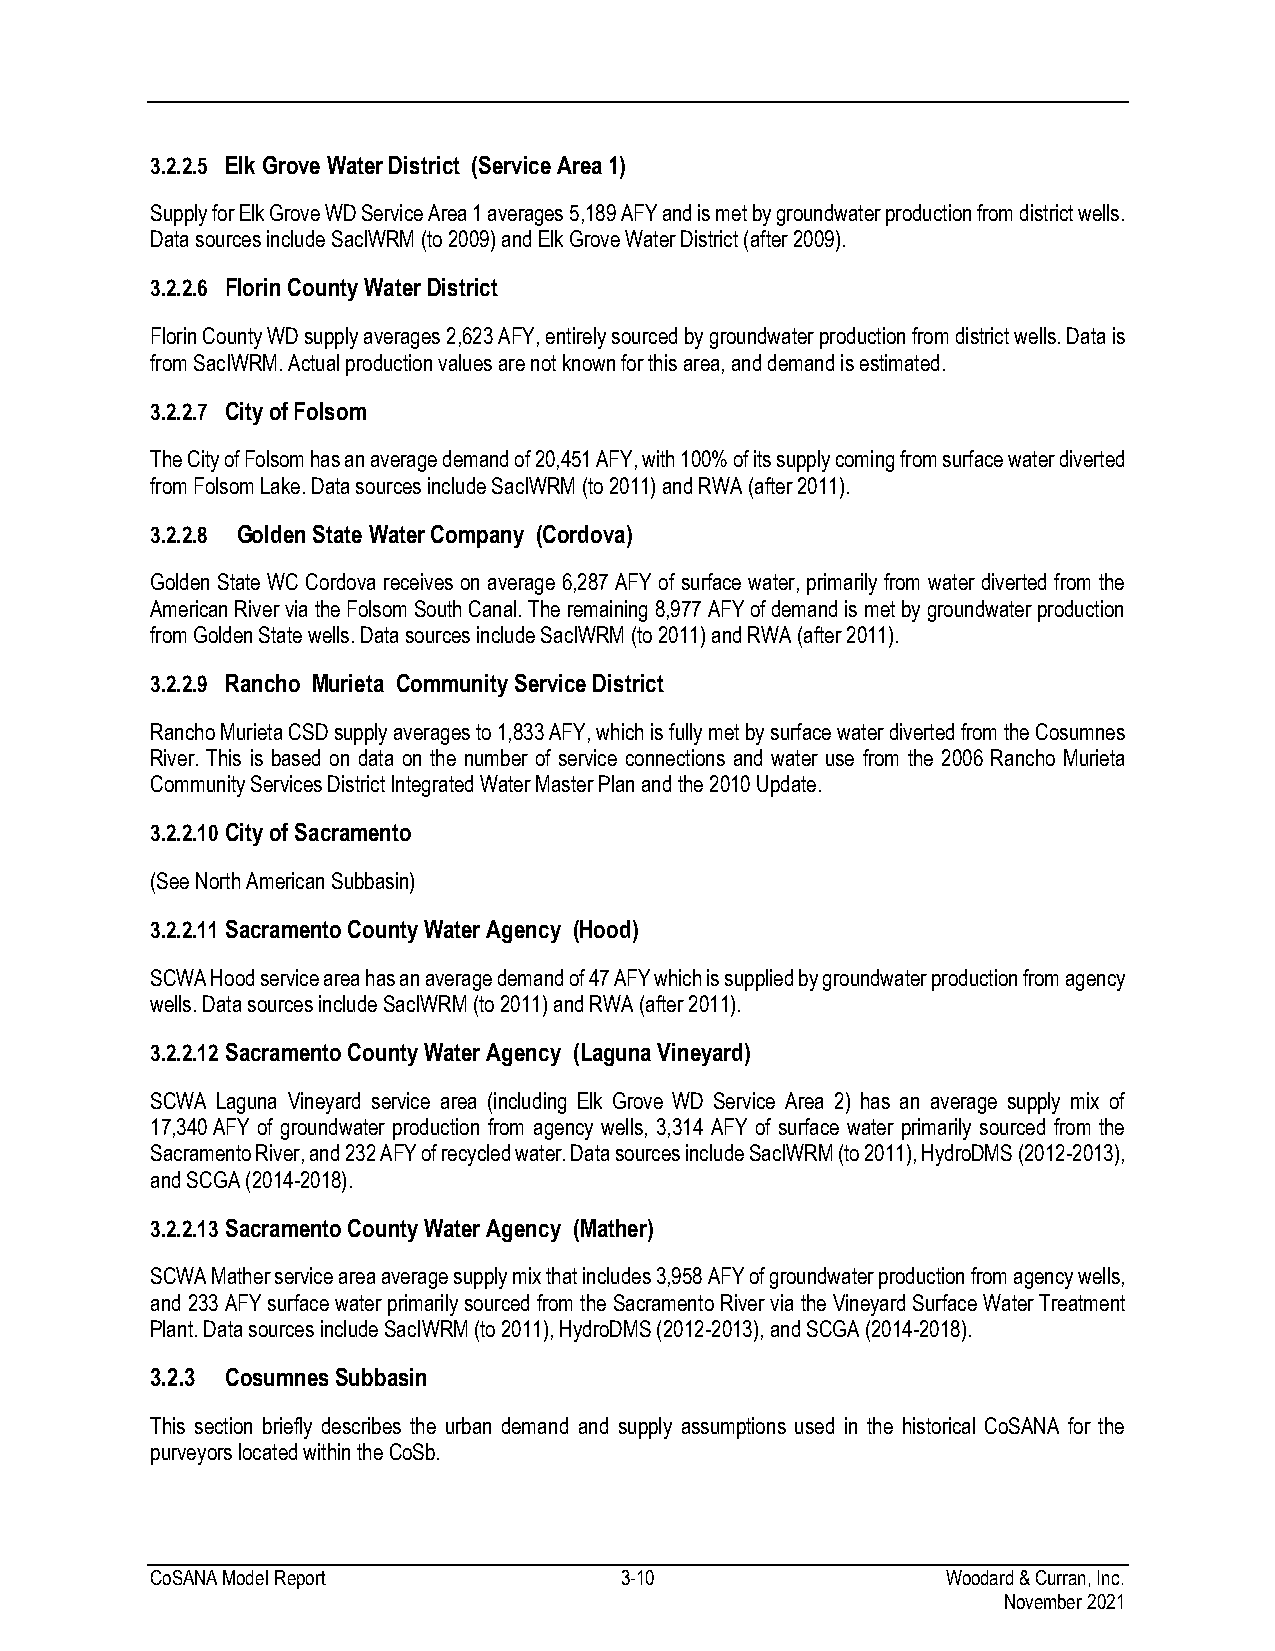
3.2.2.5 Elk Grove Water District (Service Area 1)
 Supply for Elk Grove WD Service Area 1 averages 5,189 AFY and is met by groundwater production from district wells.
 Data sources include SacIWRM (to 2009) and Elk Grove Water District (after 2009).
 3.2.2.6 Florin County Water District
 Florin County WD supply averages 2,623 AFY, entirely sourced by groundwater production from district wells. Data is
 from SacIWRM. Actual production values are not known for this area, and demand is estimated.
 3.2.2.7 City of Folsom
 The City of Folsom has an average demand of 20,451 AFY, with 100% of its supply coming from surface water diverted
 from Folsom Lake. Data sources include SacIWRM (to 2011) and RWA (after 2011).
 3.2.2.8 Golden State Water Company (Cordova)
 Golden State WC Cordova receives on average 6,287 AFY of surface water, primarily from water diverted from the
 American River via the Folsom South Canal. The remaining 8,977 AFY of demand is met by groundwater production
 from Golden State wells. Data sources include SacIWRM (to 2011) and RWA (after 2011).
 3.2.2.9 Rancho Murieta Community Service District
 Rancho Murieta CSD supply averages to 1,833 AFY, which is fully met by surface water diverted from the Cosumnes
 River. This is based on data on the number of service connections and water use from the 2006 Rancho Murieta
 Community Services District Integrated Water Master Plan and the 2010 Update.
 3.2.2.10 City of Sacramento
 (See North American Subbasin)
 3.2.2.11 Sacramento County Water Agency (Hood)
 SCWA Hood service area has an average demand of 47 AFY which is supplied by groundwater production from agency
 wells. Data sources include SacIWRM (to 2011) and RWA (after 2011).
 3.2.2.12 Sacramento County Water Agency (Laguna Vineyard)
 SCWA Laguna Vineyard service area (including Elk Grove WD Service Area 2) has an average supply mix of
 17,340 AFY of groundwater production from agency wells, 3,314 AFY of surface water primarily sourced from the
 Sacramento River, and 232 AFY of recycled water. Data sources include SacIWRM (to 2011), HydroDMS (2012-2013),
 and SCGA (2014-2018).
 3.2.2.13 Sacramento County Water Agency (Mather)
 SCWA Mather service area average supply mix that includes 3,958 AFY of groundwater production from agency wells,
 and 233 AFY surface water primarily sourced from the Sacramento River via the Vineyard Surface Water Treatment
 Plant. Data sources include SacIWRM (to 2011), HydroDMS (2012-2013), and SCGA (2014-2018).
 3.2.3 Cosumnes Subbasin
 This section briefly describes the urban demand and supply assumptions used in the historical CoSANA for the
 purveyors located within the CoSb.
 CoSANA Model Report            3-10                  Woodard & Curran, Inc.
 November 2021